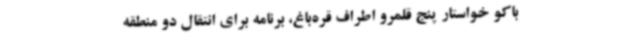
باکو خواستار پنج قلمرو اطراف قره‌باغ، برنامه برای انتقال دو منطقه